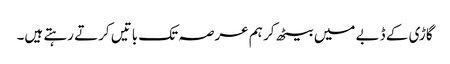
گاڑی کے ڈبے میں بیٹھ کر ہم عرصہ تک باتیں کرتے رہتے ہیں۔